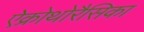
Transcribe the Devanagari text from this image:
ऐक्रोथोरैसिका